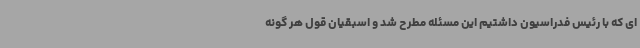
ای که با رئیس فدراسیون داشتیم این مسئله مطرح شد و اسبقیان قول هر گونه